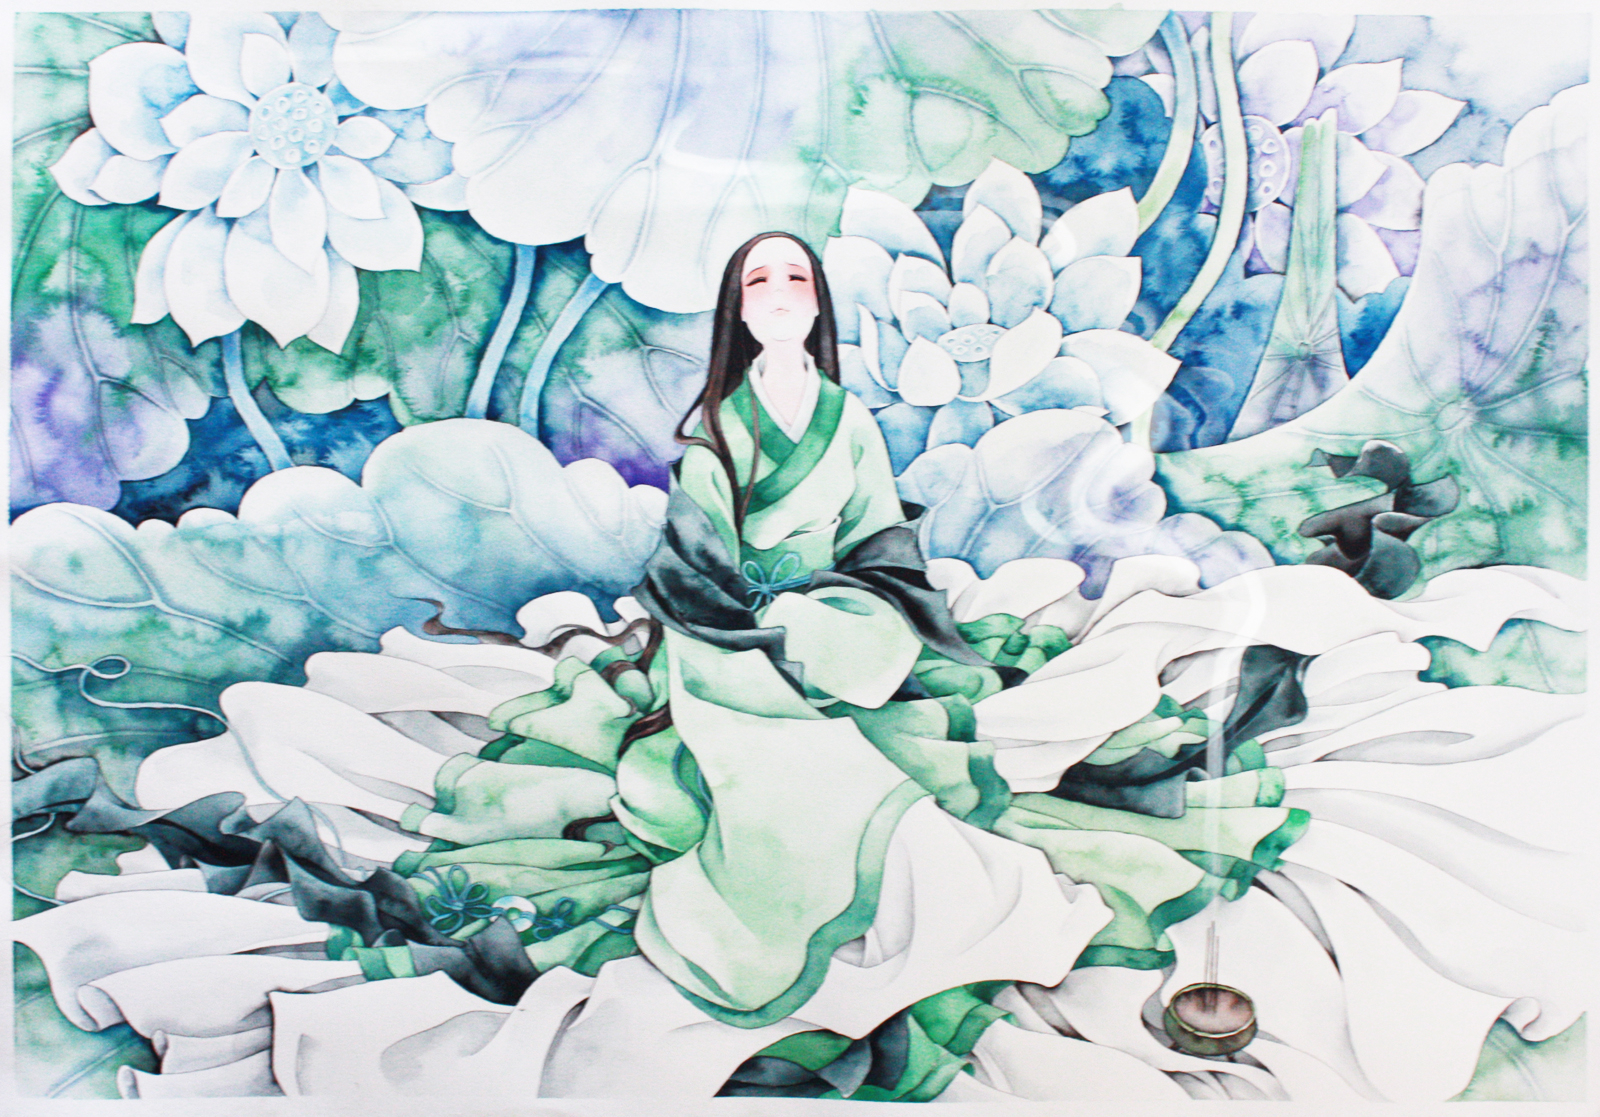
秋木萋萋，其叶萎黄，有鸟处山，集于苞桑。